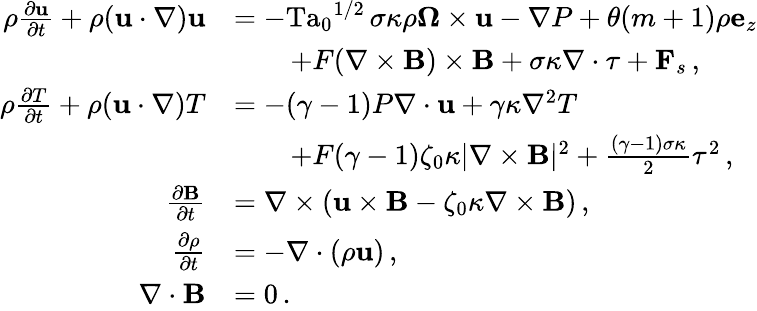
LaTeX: \begin{array}{rl}{\rho\frac{\partial\mathbf{u}}{\partial t}+\rho(\mathbf{u}\cdot\nabla)\mathbf{u}}&{=-{\mathrm{Ta}_{0}}^{1/2}\, \sigma\kappa\rho\boldsymbol{\Omega}\times\mathbf{u}-\nabla P+\theta(m+1)\rho\mathbf{e}_{z}}\\ &{\quad\quad+F(\nabla\times\mathbf{B})\times\mathbf{B}+\sigma\kappa\nabla\cdot\tau+\mathbf{F}_{s}\, ,}\\ {\rho\frac{\partial T}{\partial t}+\rho(\mathbf{u}\cdot\nabla)T}&{=-(\gamma-1)P\nabla\cdot\mathbf{u}+\gamma\kappa\nabla^{2}T}\\ &{\quad\quad+F(\gamma-1)\zeta_{0}\kappa\lvert\nabla\times\mathbf{B}\rvert^{2}+\frac{(\gamma-1)\sigma\kappa}{2}\tau^{2}\, ,}\\ {\frac{\partial\mathbf{B}}{\partial t}}&{=\nabla\times(\mathbf{u}\times\mathbf{B}-\zeta_{0}\kappa\nabla\times\mathbf{B})\, ,}\\ {\frac{\partial\rho}{\partial t}}&{=-\nabla\cdot(\rho\mathbf{u})\, ,}\\ {\nabla\cdot\mathbf{B}}&{=0\, .}\end{array}